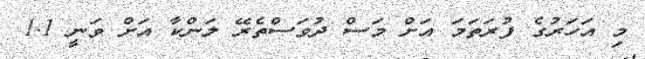
މި އަހަރުގެ ފުރަތަމަ އަށް މަސް ދުވަސްތެރޭ ލަންކާ އަށް ވަނީ 1.1